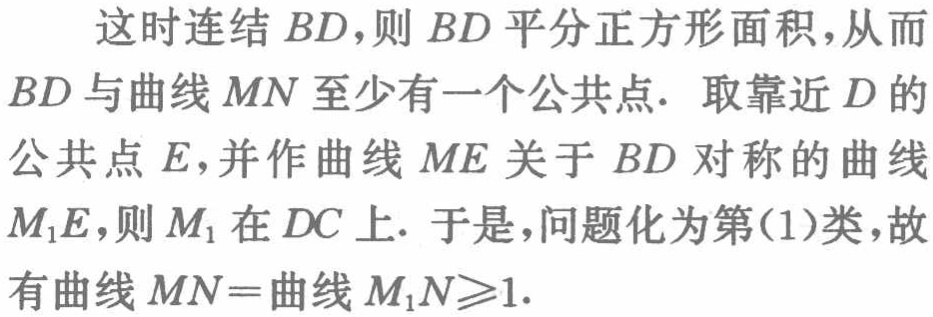
这时连结 \(BD\)，则 \(BD\) 平分正方形面积，从而 \(BD\) 与曲线 \(MN\) 至少有一个公共点. 取靠近 \(D\) 的公共点 \(E\)，并作曲线 \(ME\) 关于 \(BD\) 对称的曲线 \(M_1E\)，则 \(M_1\) 在 \(DC\) 上. 于是，问题化为第(1)类，故有曲线 \(MN =\)曲线 \(M_1N\geqslant1\).